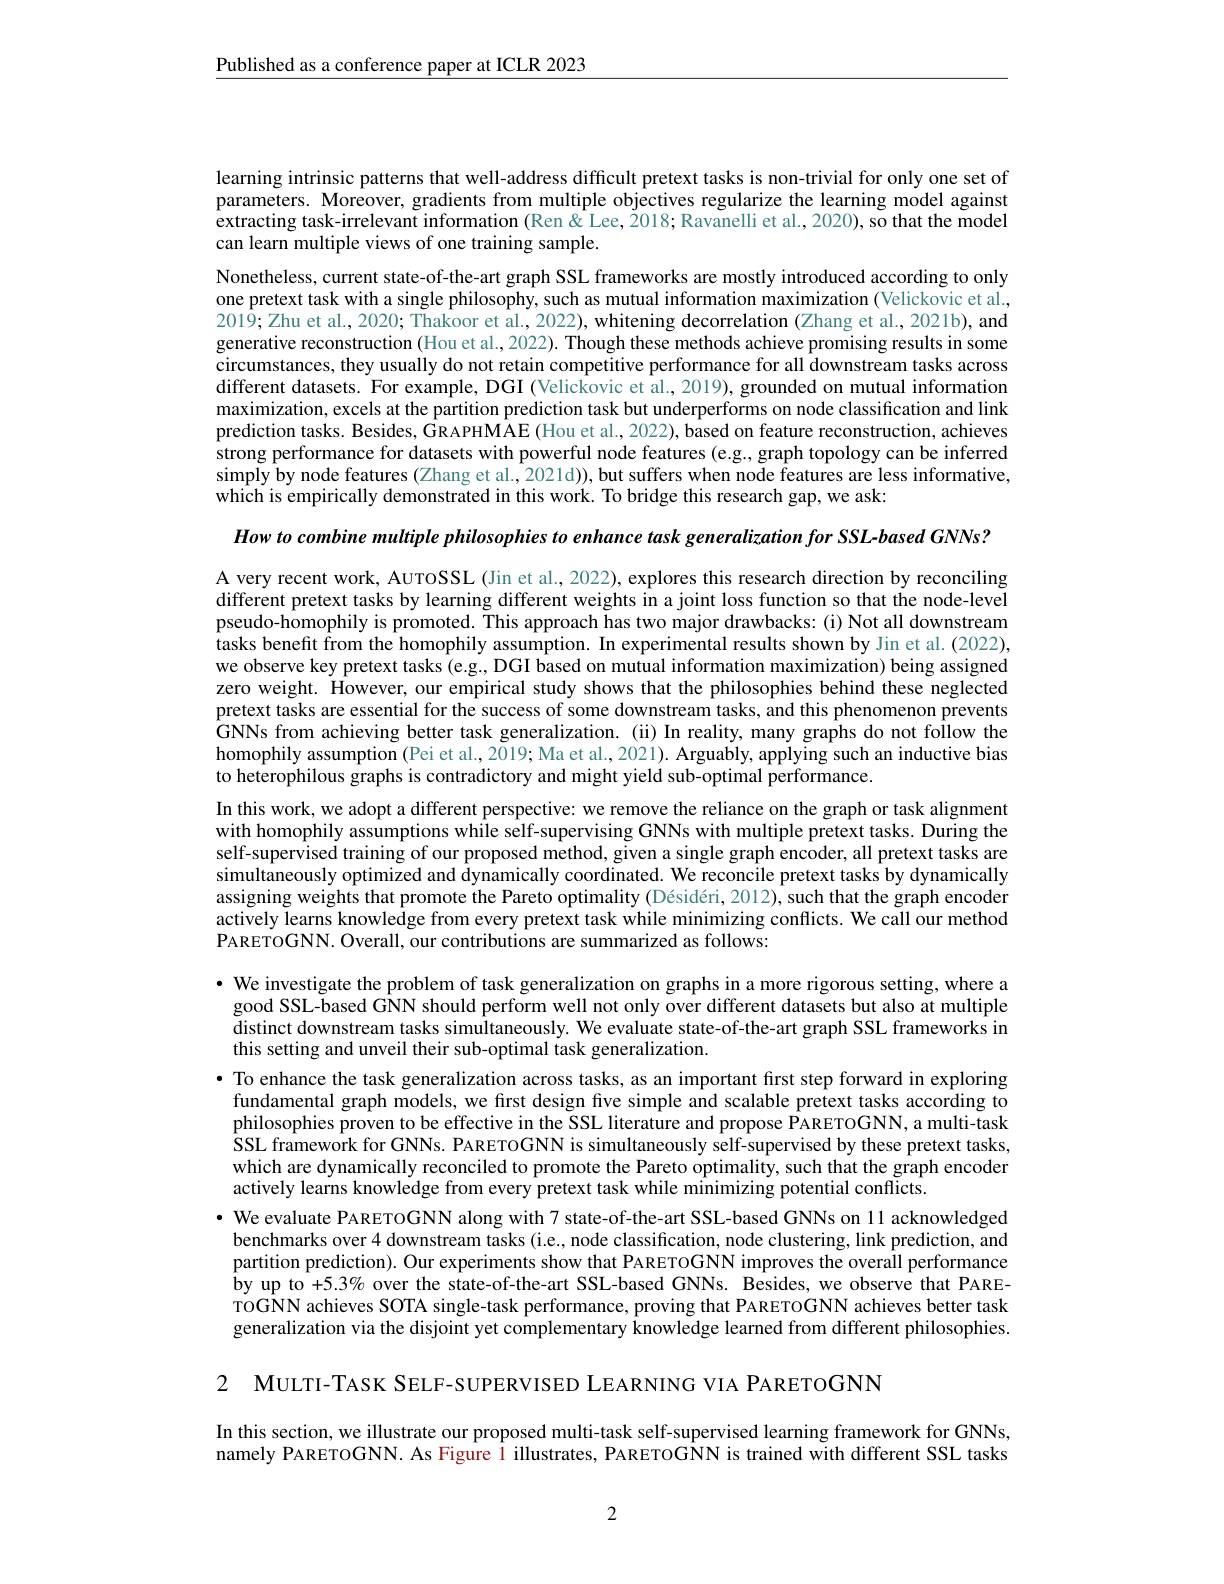
Published as a conference paper at ICLR 2023

learning intrinsic patterns that well-address difficult pretext tasks is non-trivial for only one set of parameters. Moreover, gradients from multiple objectives regularize the learning model against $\hat{\text{extracting task-irrelevant information }}(\bar{\text{Ren \& Lee, 2018; Ravanelli et al., 2020), so that the model}}$ can learn multiple views of one training sample.

Nonetheless, current state-of-the-art graph SSL frameworks are mostly introduced according to only one pretext task with a single philosophy, such as mutual information maximization (Velickovic et al., $201\bar{9};$Zhu et al., 2020; Thakoor et al., 2022), whitening decorrelation (Zhang et al., 2021b), and generative reconstruction (Hou et al., 2022). Though these methods achieve promising results in some circumstances, they usually do not retain competitive performance for all downstream tasks across different datasets. For example, DGI (Velickovic et al., 2019), grounded on mutual information maximization, excels at the partition prediction task but underperforms on node classification and link prediction tasks. Besides, GRAPHMAE (Hou et al., 2022), based on feature reconstruction, achieves strong performance for datasets with powerful node features (e.g.,graph topology can be inferred simply by node features (Zhang et al., 2021d)), but suffers when node features are less informative, which is empirically demonstrated in this work. To bridge this research gap, we ask:

How to combine multiple philosophies to enhance task generalization for SSL-based GNNs?

A very recent work, AUTOSSL (Jin et al., 2022), explores this research direction by reconciling different pretext tasks by learning different weights in a joint loss function so that the node-level pseudo-homophily is promoted. This approach has two major drawbacks: (i) Not all downstream tasks benefit from the homophily assumption. In experimental results shown by Jin et al. (2022), we observe key pretext tasks (e.g., DGI based on mutual information maximization) being assigned zero weight. However, our empirical study shows that the philosophies behind these neglected pretext tasks are essential for the success of some downstream tasks, and this phenomenon prevents GNNs from achieving better task generalization. (ii) In reality, many graphs do not follow the homophily assumption (Pei et al., 2019; Ma et al., 2021). Arguably, applying such an inductive bias to heterophilous graphs is contradictory and might yield sub-optimal performance.
In this work, we adopt a different perspective: we remove the reliance on the graph or task alignment with homophily assumptions while self-supervising GNNs with multiple pretext tasks. During the self-supervised training of our proposed method, given a single graph encoder, all pretext tasks are simultaneously optimized and dynamically coordinated. We reconcile pretext tasks by dynamically assigning weights that promote the Pareto optimality (Désidéri, 2012), such that the graph encoder actively learns knowledge from every pretext task while minimizing conflicts. We call our method PARETOGNN. Overall, our contributions are summarized as follows:

· We investigate the problem of task generalization on graphs in a more rigorous setting, where a
good SSL-based GNN should perform well not only over different datasets but also at multiple distinct downstream tasks simultaneously. We evaluate state-of-the-art graph SSL frameworks in this setting and unveil their sub-optimal task generalization.
· To enhance the task generalization across tasks, as an important first step forward in exploring
fundamental graph models, we first design five simple and scalable pretext tasks according to philosophies proven to be effective in the SSL literature and propose PARETOGNN, a multi-task $\hat{\text{SSL framework for GNNs. PARETOGNN is simultaneously self-supervised by these pretext tasks,}}$ which are dynamically reconciled to promote the Pareto optimality, such that the graph encoder actively learns knowledge from every pretext task while minimizing potential conflicts.
· We evaluate PARETOGNN along with 7 state-of-the-art SSL-based GNNs on 11 acknowledged
benchmarks over 4 downstream tasks (i.e., node classification, node clustering, link prediction, and partition prediction). Our experiments show that PARETOGNN improves the overall performance by up to +5.3% over the state-of-the-art SSL-based GNNs. Besides, we observe that PARETOGNN achieves SOTA single-task performance, proving that PARETOGNN achieves better task generalization via the disjoint yet complementary knowledge learned from different philosophies.

2 MULTI-TASK SELF-SUPERVISED LEARNING VIA PARETOGNN

In this section, we illustrate our proposed multi-task self-supervised learning framework for GNNs, namely PARETOGNN. As Figure l illustrates, PARETOGNN is trained with different SSL tasks

2